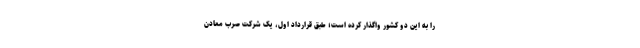
را به این دو کشور واگذار کرده است؛ طبق قرارداد اول، یک شرکت صرب معادن